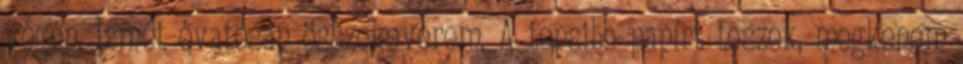
végén. Ismét óvatosan összekeverem. A tepsibe papírt teszek, megkenem